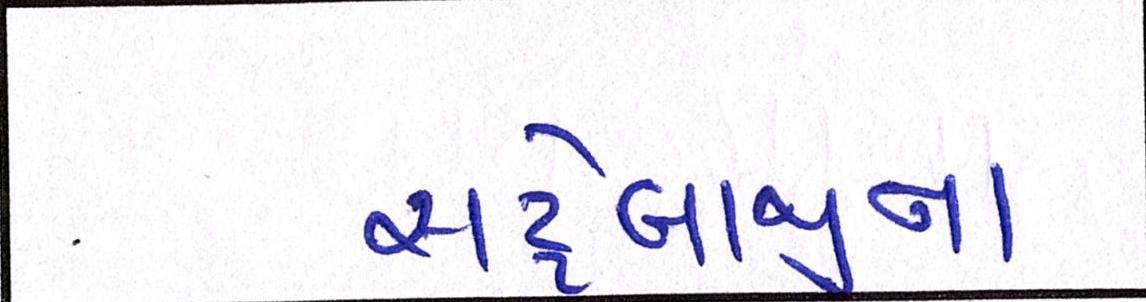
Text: સટ્ટેબાજીના